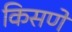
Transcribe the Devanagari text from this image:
किसणे